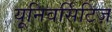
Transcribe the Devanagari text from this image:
यूनिवर्सिटिज़